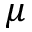
\mu